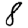
Digit: 8